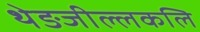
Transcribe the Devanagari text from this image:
थेङजील्लकलि